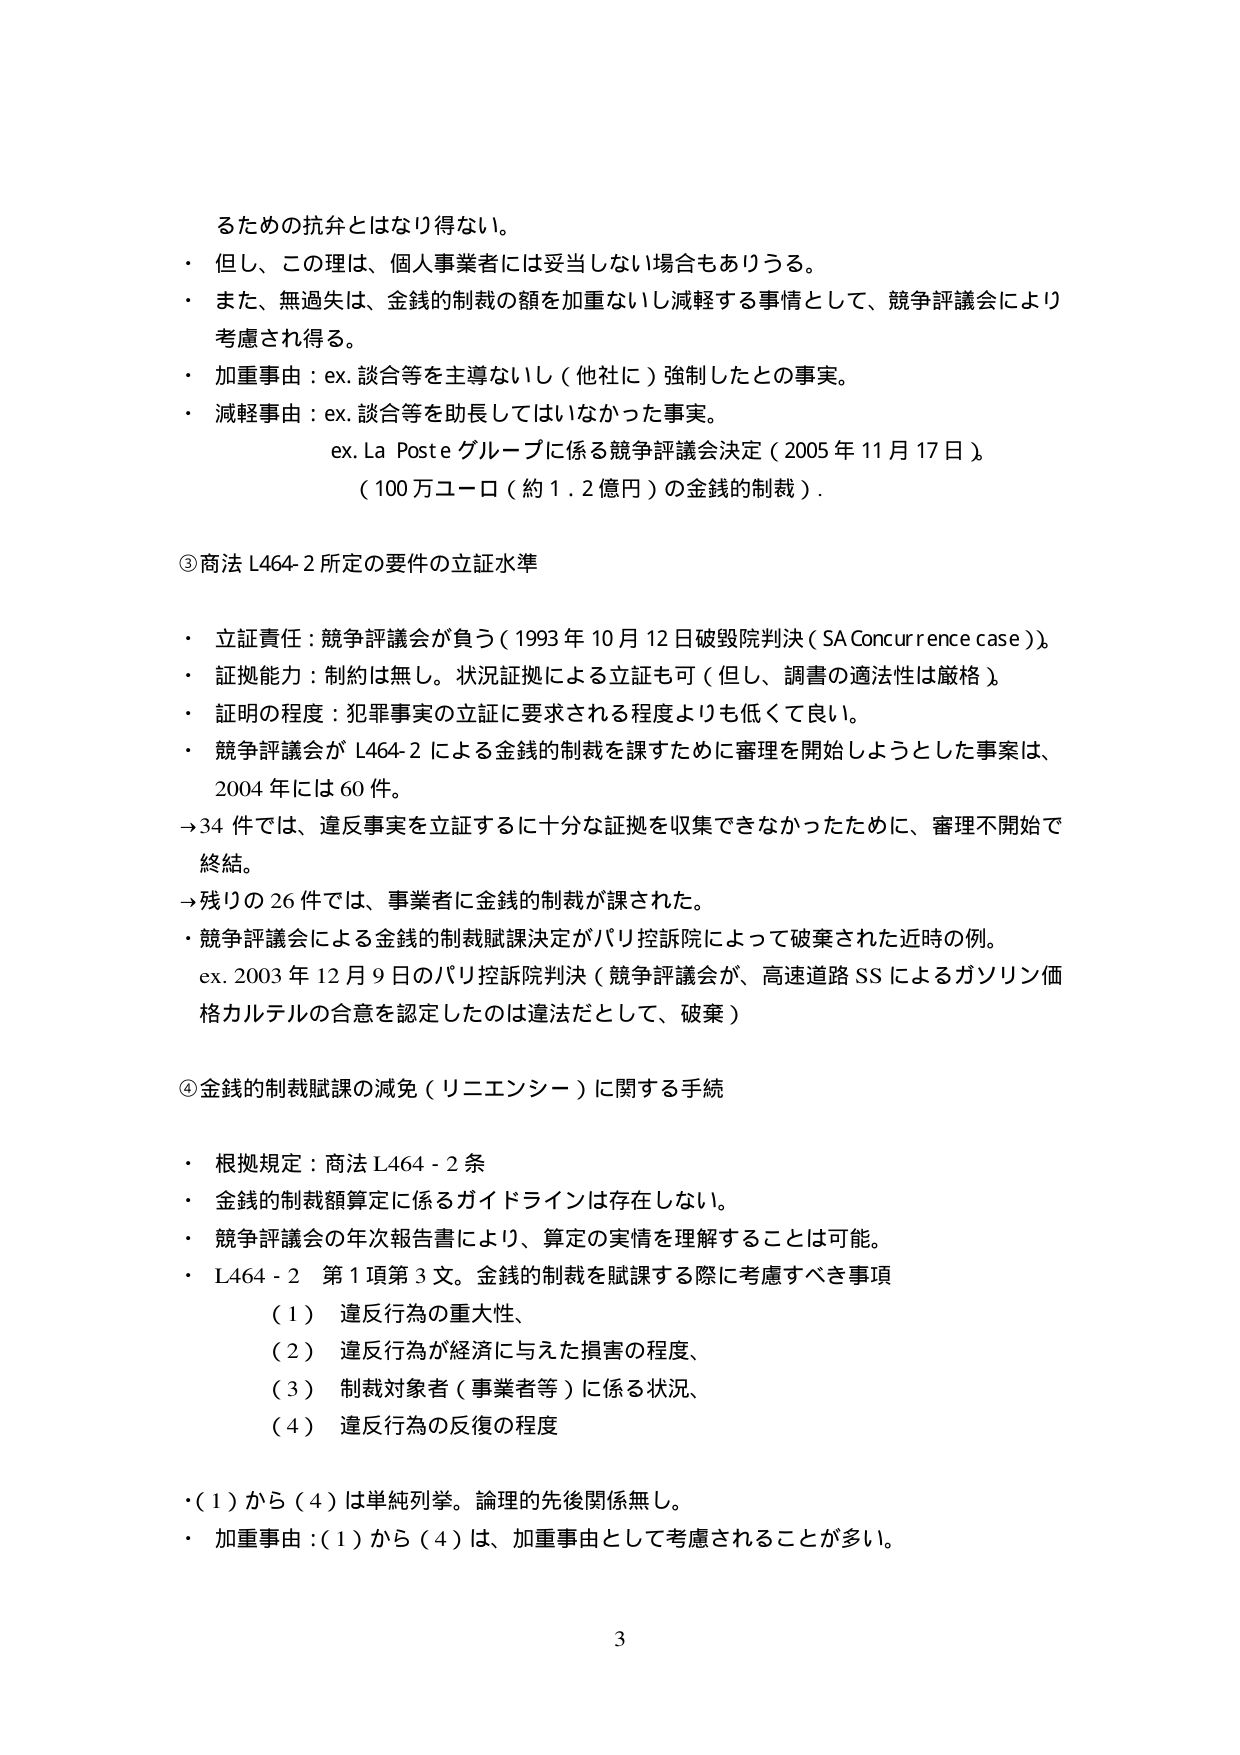
るための抗弁とはなり得ない。
・ 但し、この理は、個人事業者には妥当しない場合もありうる。
・ また、無過失は、金銭的制裁の額を加重ないし減軽する事情として、競争評議会により
考慮され得る。
・ 加重事由：ex. 談合等を主導ないし（他社に）強制したとの事実。
・ 減軽事由：ex. 談合等を助長してはいなかった事実。
　　ex. La Poste グループに係る競争評議会決定（2005 年 11 月 17 日）。
　　（100 万ユーロ（約 1.2 億円）の金銭的制裁）。

③商法 L464-2 所定の要件の立証水準
・ 立証責任：競争評議会が負う（1993 年 10 月 12 日破毀院判決（SA Concurrence case））。
・ 証拠能力：制約は無し。状況証拠による立証も可（但し、調書の適法性は厳格）。
・ 証明の程度：犯罪事実の立証に要求される程度よりも低くて良い。
・ 競争評議会が L464-2 による金銭的制裁を課すために審理を開始しようとした事案は、
　2004 年には 60 件。
→34 件では、違反事実を立証するに十分な証拠を収集できなかったために、審理不開始で
終結。
→残りの 26 件では、事業者に金銭的制裁が課された。
・ 競争評議会による金銭的制裁賦課決定がパリ控訴院によって破棄された近時の例。
　ex. 2003 年 12 月 9 日のパリ控訴院判決（競争評議会が、高速道路 SS によるガソリン価
　格カルテルの合意を認定したのは違法だとして、破棄）

④金銭的制裁賦課の減免（リニエンシー）に関する手続
・ 根拠規定：商法 L464-2 条
・ 金銭的制裁額算定に係るガイドラインは存在しない。
・ 競争評議会の年次報告書により、算定の実情を理解することは可能。
・ L464-2 第1項第3文。金銭的制裁を賦課する際に考慮すべき事項
　（1） 違反行為の重大性、
　（2） 違反行為が経済に与えた損害の程度、
　（3） 制裁対象者（事業者等）に係る状況、
　（4） 違反行為の反復の程度
・（1）から（4）は単純列挙。論理的先後関係無し。
・ 加重事由：（1）から（4）は、加重事由として考慮されることが多い。

3